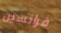
فرانسين